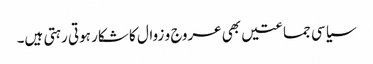
سیاسی جماعتیں بھی عروج و زوال کا شکار ہوتی رہتی ہیں۔